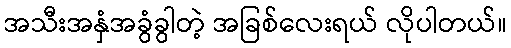
အသီးအနှံအခွံခွါတဲ့ အခြစ်လေးရယ် လိုပါတယ်။